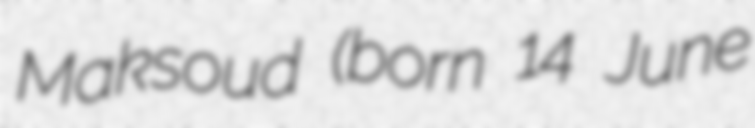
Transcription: Maksoud (born 14 June